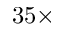
3 5 \times